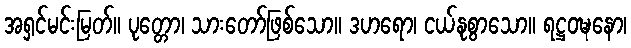
အရှင်မင်းမြတ်။ ပုတ္တော၊ သားတော်ဖြစ်သော။ ဒဟရော၊ ငယ်နုစွာသော။ ရဋ္ဌဝဍ္ဎနော၊